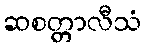
ဆစတ္တာလီသံ